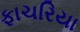
ફાચરિયા